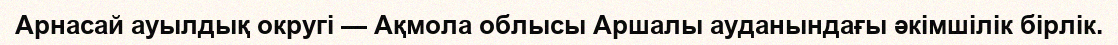
Арнасай ауылдық округі — Ақмола облысы Аршалы ауданындағы әкімшілік бірлік.